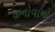
જીનોવાનો